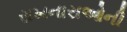
રાખનારાઓની